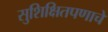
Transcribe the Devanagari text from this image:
सुशिक्षितपणाचे